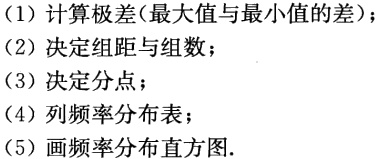
(1) 计算极差(最大值与最小值的差)；
(2) 决定组距与组数；
(3) 决定分点；
(4) 列频率分布表；
(5) 画频率分布直方图.